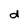
Character: d